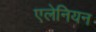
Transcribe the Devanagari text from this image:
एलेनियन